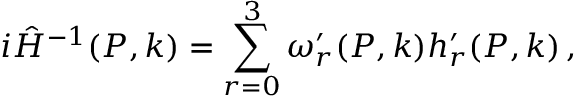
i \hat { H } ^ { - 1 } ( P , k ) = \sum _ { r = 0 } ^ { 3 } \omega _ { r } ^ { \prime } ( P , k ) h _ { r } ^ { \prime } ( P , k ) \, ,